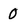
Character: 0